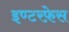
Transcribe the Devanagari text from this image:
इण्टरफ़ेस